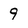
Character: 9